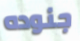
جنوده